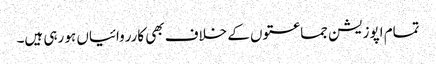
تمام اپوزیشن جماعتوں کے خلاف بھی کارروائیاں ہو رہی ہیں۔